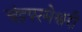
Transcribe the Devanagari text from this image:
चंद्रपरमेश्वरी